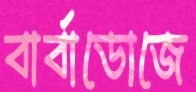
বার্বাডোজে